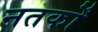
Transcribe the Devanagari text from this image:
नतर्कों